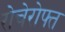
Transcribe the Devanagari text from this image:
रोचेरोफ्त